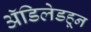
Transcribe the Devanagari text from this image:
ॲडिलेडहून